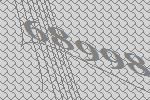
68998